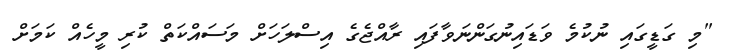
"މި ގަޑީގައި ނުކުމެ ވަޑައިނުގަންނަވާފައި ރާއްޖެގެ އިސްލަހަށް މަސައްކަތް ކުރި މީހެއް ކަމަށް